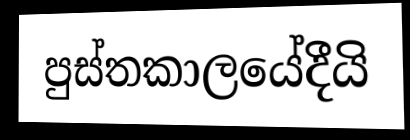
පුස්තකාලයේදීයි